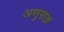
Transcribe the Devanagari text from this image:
अणुसज्ज